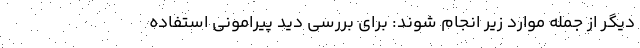
دیگر از جمله موارد زیر انجام شوند: برای بررسی دید پیرامونی استفاده